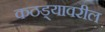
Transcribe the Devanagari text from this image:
कठड्यावरील